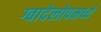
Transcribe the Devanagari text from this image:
ग्वादेलोपमध्ये